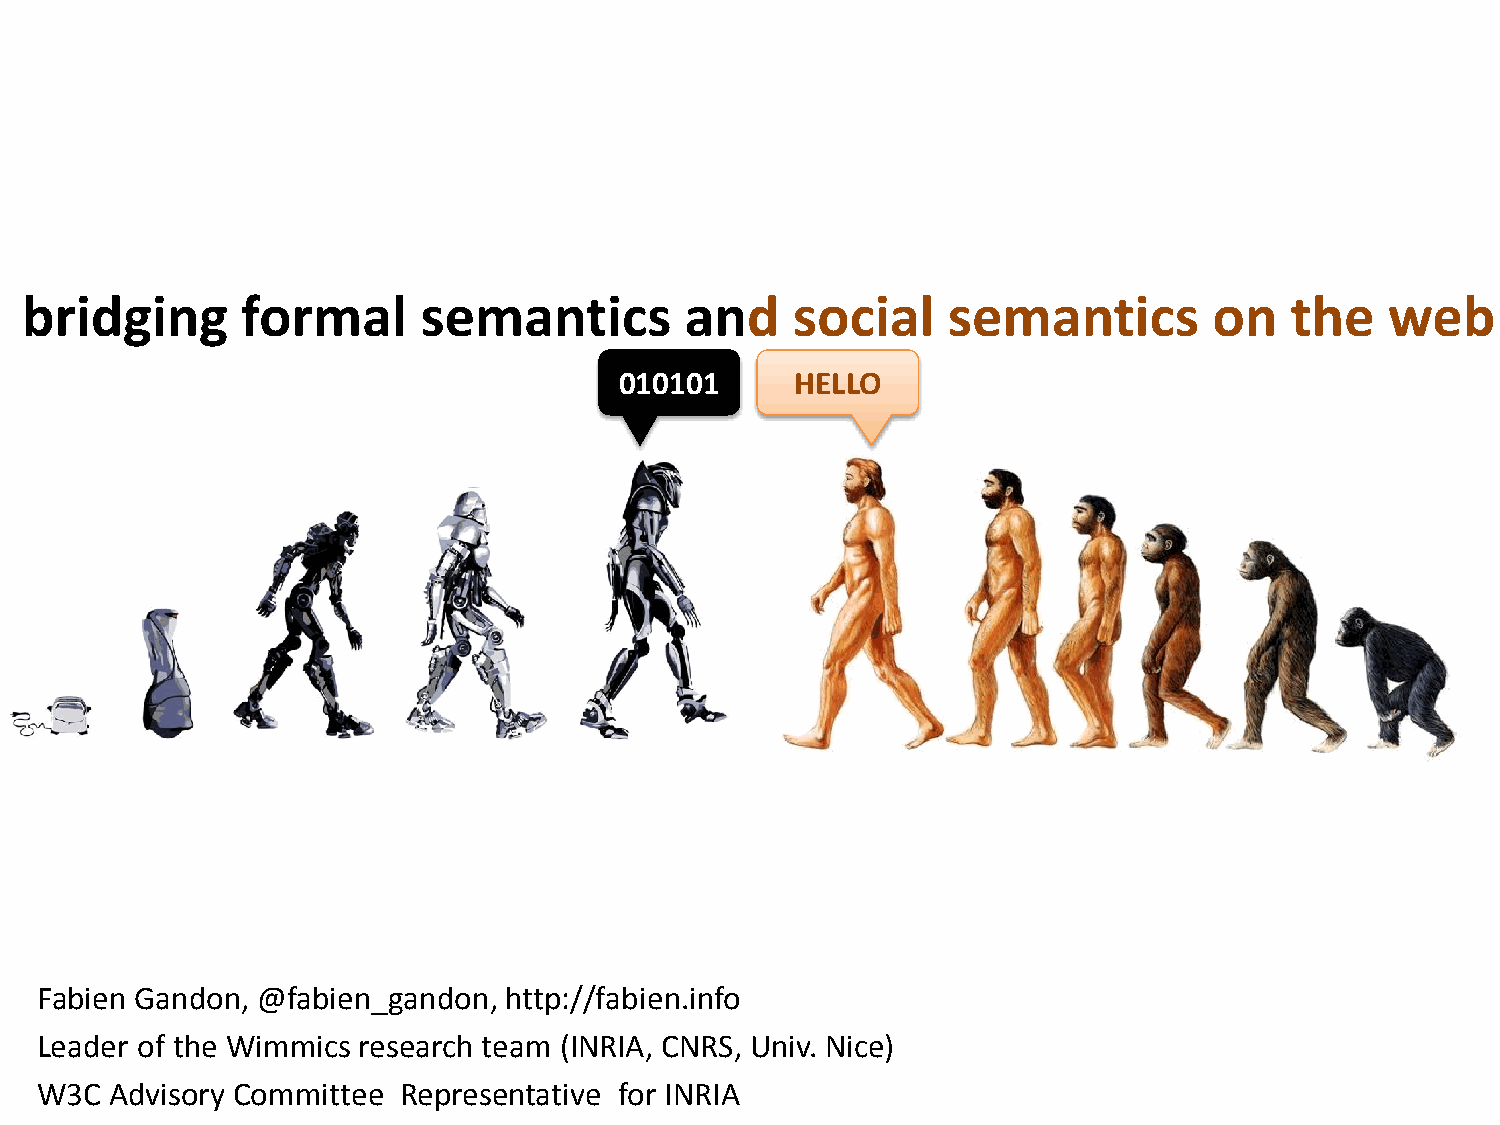
bridging       formal      semantics        and    social     semantics        on   the    web
 010101      HELLO
 Fabien Gandon, @fabien_gandon, http://fabien.info
 Leader of the Wimmics research team (INRIA, CNRS, Univ. Nice)
 W3C  Advisory Committee Representative for INRIA